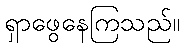
ရှာဖွေနေကြသည်။